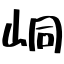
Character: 峒